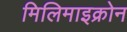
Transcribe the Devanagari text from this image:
मिलिमाइक्रोन